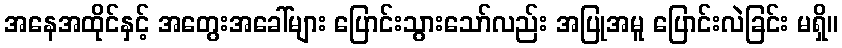
အနေအထိုင်နှင့် အတွေးအခေါ်များ ပြောင်းသွားသော်လည်း အပြုအမူ ပြောင်းလဲခြင်း မရှိ။